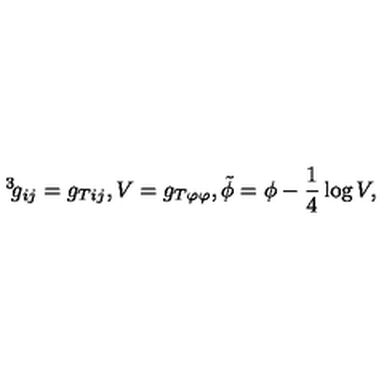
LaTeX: \, ^ { 3 } \! g _ { i j } = g _ { T i j } , V = g _ { T \varphi \varphi } , \tilde { \phi } = \phi - \frac { 1 } { 4 } \log V ,